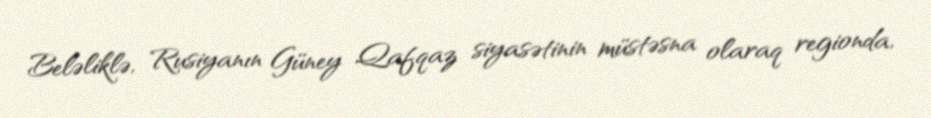
Beləliklə, Rusiyanın Güney Qafqaz siyasətinin müstəsna olaraq regionda,